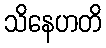
သိနေဟတိ